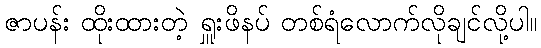
ဇာပန်း ထိုးထားတဲ့ ရှူးဖိနပ် တစ်ရံလောက်လိုချင်လို့ပါ။